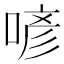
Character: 喭